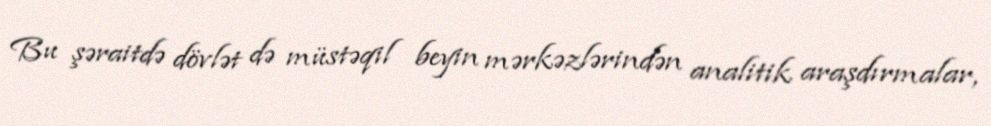
Bu şəraitdə dövlət də müstəqil beyin mərkəzlərindən analitik araşdırmalar,